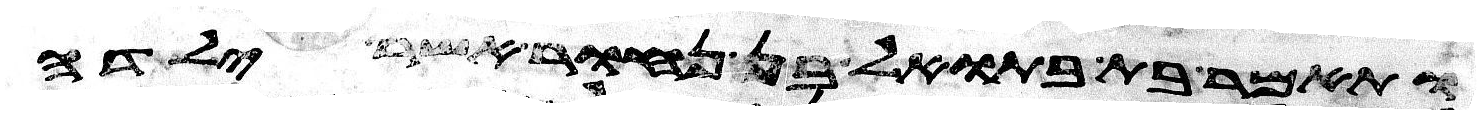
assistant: ותאמר בת בתואל בן נחור אשר ילדה